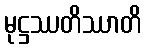
မုဋ္ဌဿတိဿာတိ